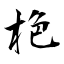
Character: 栬